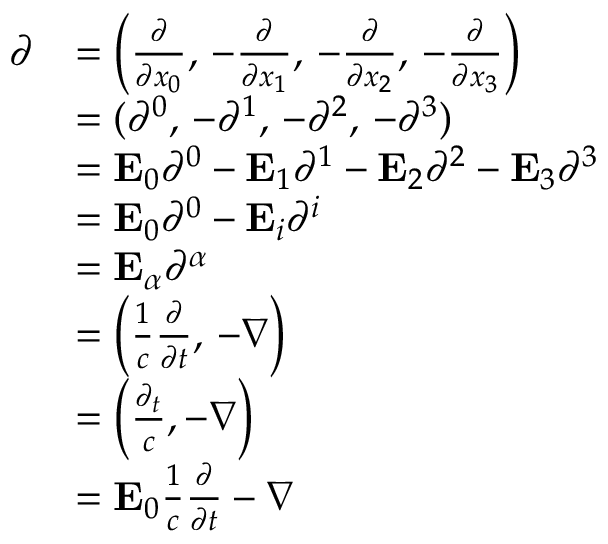
{ \begin{array} { r l } { { \boldsymbol { \partial } } } & { = \left( { \frac { \partial } { \partial x _ { 0 } } } , \, - { \frac { \partial } { \partial x _ { 1 } } } , \, - { \frac { \partial } { \partial x _ { 2 } } } , \, - { \frac { \partial } { \partial x _ { 3 } } } \right) } \\ & { = ( \partial ^ { 0 } , \, - \partial ^ { 1 } , \, - \partial ^ { 2 } , \, - \partial ^ { 3 } ) } \\ & { = \mathbf { E } _ { 0 } \partial ^ { 0 } - \mathbf { E } _ { 1 } \partial ^ { 1 } - \mathbf { E } _ { 2 } \partial ^ { 2 } - \mathbf { E } _ { 3 } \partial ^ { 3 } } \\ & { = \mathbf { E } _ { 0 } \partial ^ { 0 } - \mathbf { E } _ { i } \partial ^ { i } } \\ & { = \mathbf { E } _ { \alpha } \partial ^ { \alpha } } \\ & { = \left( { \frac { 1 } { c } } { \frac { \partial } { \partial t } } , \, - \nabla \right) } \\ & { = \left( { \frac { \partial _ { t } } { c } } , - \nabla \right) } \\ & { = \mathbf { E } _ { 0 } { \frac { 1 } { c } } { \frac { \partial } { \partial t } } - \nabla } \end{array} }